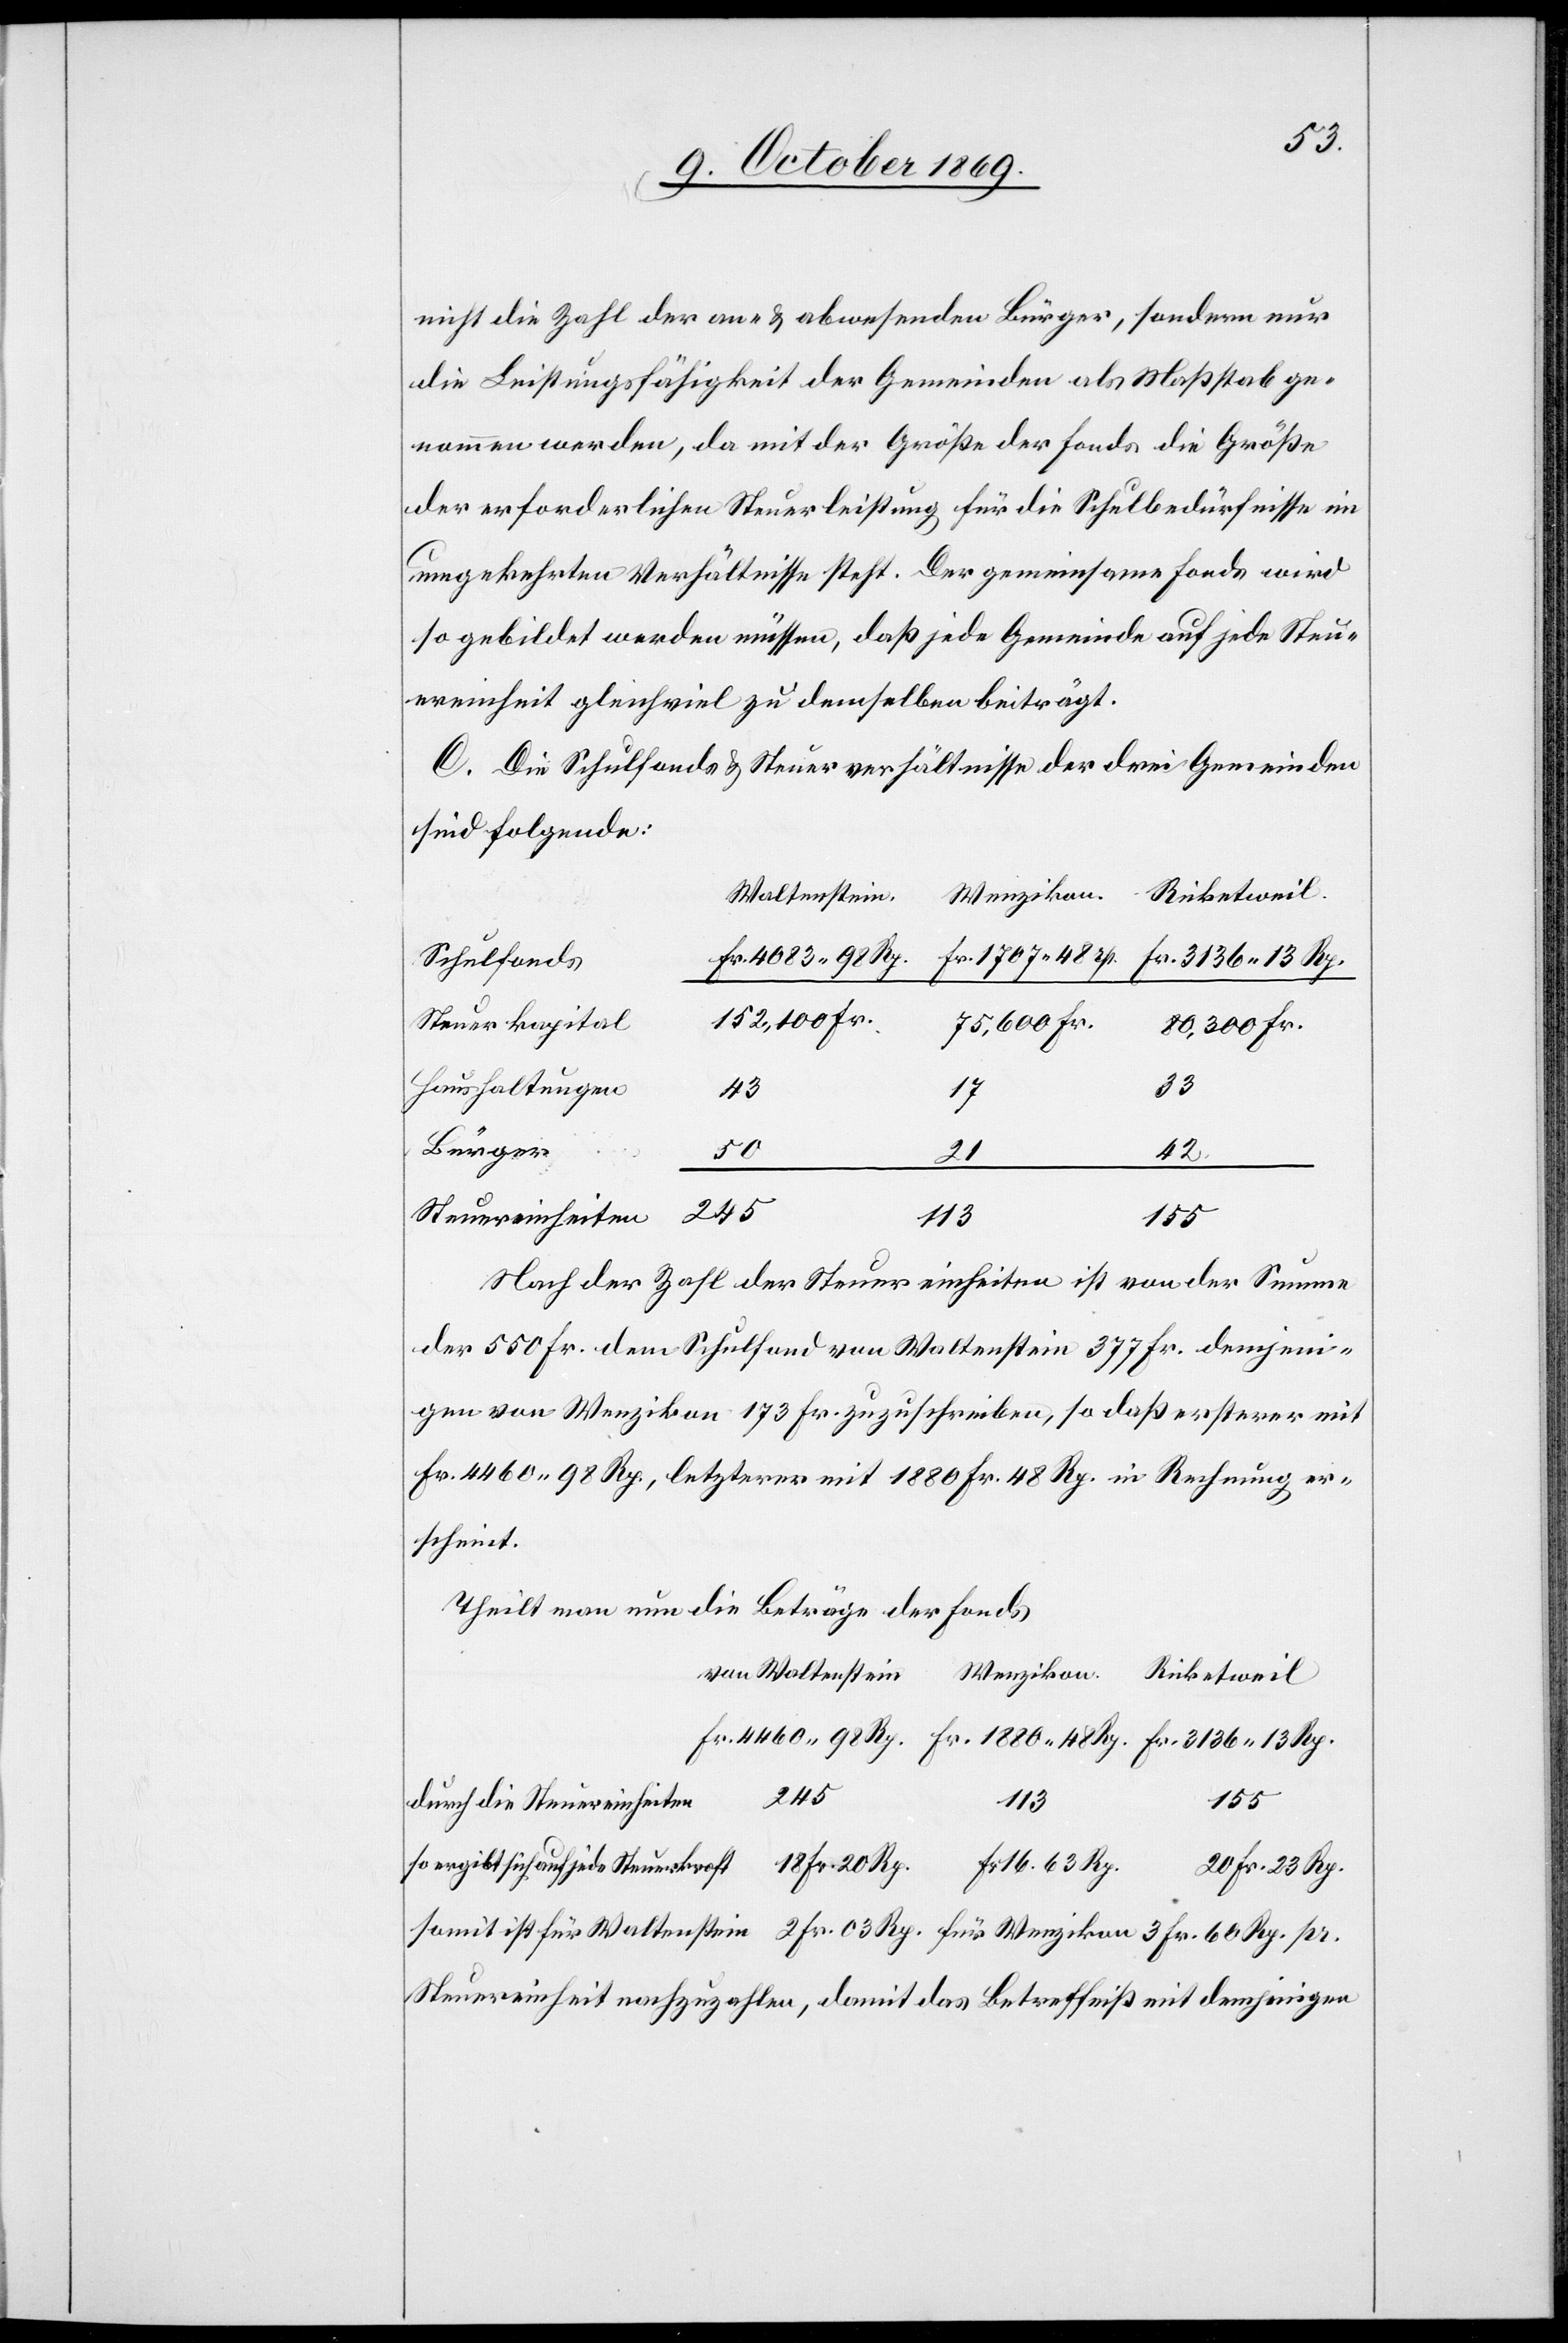
nicht die Zahl der an- & abwesenden Bürger, sondern nur
die Leistungsfähigkeit der Gemeinden als Maßstab ge¬
nommen werden, da mit der Größe der Fonds die Größe
der erforderlichen Steuerleistung für die Schulbedürfnisse im
umgekehrten Verhältnisse steht. Der gemeinsame Fonds wird
so gebildet werden müssen, daß jede Gemeinde auf jede Steu¬
ereinheit gleichviel zu demselben beiträgt.
C. Die Schulfonds & Steuerverhältnisse der drei Gemeinden
sind folgende:
Ricketweil
Wenzikon.
Waltenstein
Fr. 1880 48 Rp.
Fr. 4083 98 Rp.
Schulfonds
Fr. 16. 63 Rp.
152,100 Fr.
Steuerkapital
75,600 Fr.
80,300 Fr.
Haushaltungen
33
43
17
Bürger
50
42.
Steuereinheiten
Nach der Zahl der Steuereinheiten ist von der Summe
der 550 Fr. dem Schulfond von Waltenstein 377 Fr. demjeni¬
gen von Wenzikon 173 Fr. zuzuschreiben, so daß ersterer mit
Fr. 4460 98 Rp., letzterer mit 1880 Fr. 48 Rp. in Rechnung er¬
scheint.
Theilt man nun die Beträge der Fonds
245
durch die Steuereinheiten
113
155
jede
20 Fr. 23 Rp.
somit ist für Waltenstein 2 Fr. 03 Rp. für Wenzikon 3 Fr. 60 Rp. pr.
Steuereinheit nachzuzahlen, damit das Betreffnis mit demjenigen